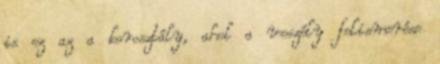
is ez az a korosztály, ahol a veszély felismerése